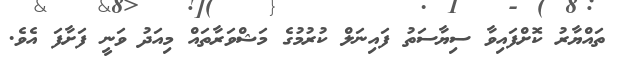
ތައްޔާރު ކޮށްފައިވާ ސިޔާސަތު ފައިނަލް ކުރުމުގެ މަޝްވަރާތައް މިއަދު ވަނީ ފަށާފަ އެވެ.